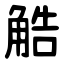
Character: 䚛